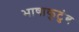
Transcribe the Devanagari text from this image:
भाषाकुटुंब